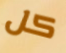
كل